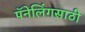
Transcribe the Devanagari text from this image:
पॅनेलिंगसाठी